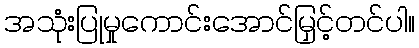
အသုံးပြုမှုကောင်းအောင်မြှင့်တင်ပါ။